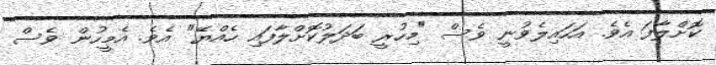
ކޮށްލާފަ އެވެ. އަހައިލެވުނީ ވެސް "މިހުރީ ބަދަލުކޮށްލާފައި ހެއްޔޭ" އެވެ. އެމީހުން ވެސް